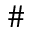
\#